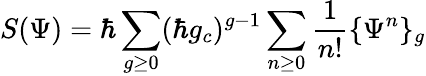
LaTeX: S(\Psi)=\hbar\sum_{g\geq 0}(\hbar g_{c})^{g-1}\sum_{n\geq 0}{\frac{1}{n!}}\{ \Psi^{n}\} _{g}